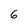
Character: 6